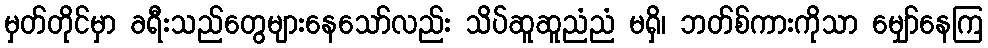
မှတ်တိုင်မှာ ခရီးသည်တွေများနေသော်လည်း သိပ်ဆူဆူညံညံ မရှိ၊ ဘတ်စ်ကားကိုသာ မျှော်နေကြ